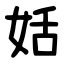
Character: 姡